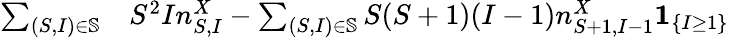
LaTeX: \begin{array}{rl}{\sum_{(S,I)\in\mathbb{S}}}&{{}S^{2}In_{S,I}^{X}-\sum_{(S,I)\in\mathbb{S}}S(S+1)(I-1)n_{S+1,I-1}^{X}\mathbf{1}_{\left\{ I\geq 1\right\} }}\end{array}